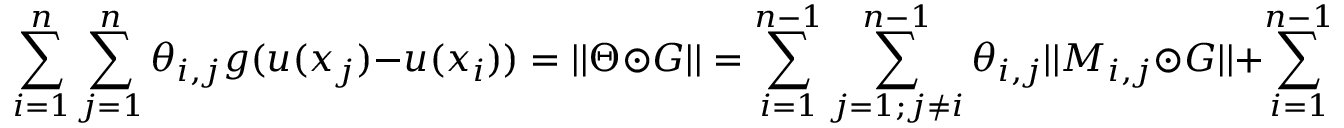
\sum _ { i = 1 } ^ { n } \sum _ { j = 1 } ^ { n } \theta _ { i , j } g ( u ( x _ { j } ) - u ( x _ { i } ) ) = | | \Theta \odot G | | = \sum _ { i = 1 } ^ { n - 1 } \sum _ { j = 1 ; j \neq i } ^ { n - 1 } \theta _ { i , j } | | M _ { i , j } \odot G | | + \sum _ { i = 1 } ^ { n - 1 } \theta _ { i , i } | | M _ { i , i } \odot G | | .